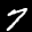
Label: 7